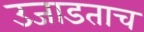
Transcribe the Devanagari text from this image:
उजाडताच